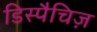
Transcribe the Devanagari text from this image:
डिस्पैचिज़